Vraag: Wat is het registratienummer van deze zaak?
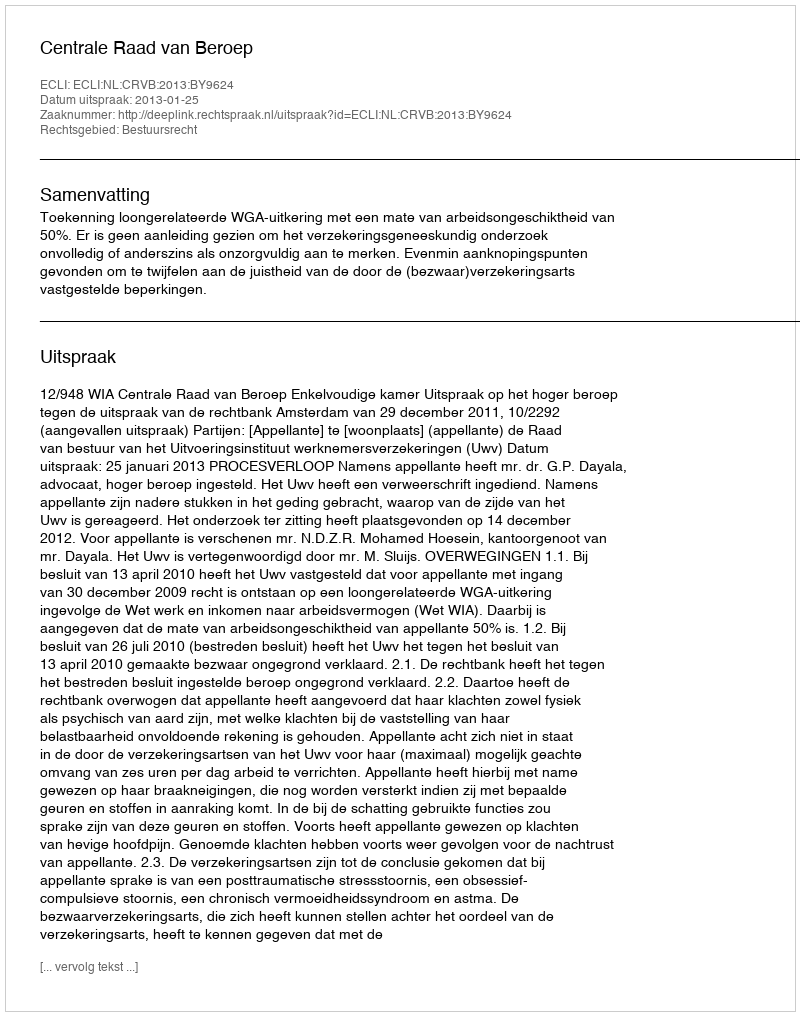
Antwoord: http://deeplink.rechtspraak.nl/uitspraak?id=ECLI:NL:CRVB:2013:BY9624